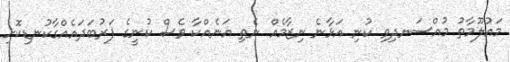
މައުލޫމާތު މުއްސަނދިވި ކުނި އަޅާނެ ނިޒާމެއް ނެތި އަނެއްކާ ވެސް ކުނީގެ ފަރުބަދައެއްގާކުނޑިކޮށި